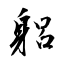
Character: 躳